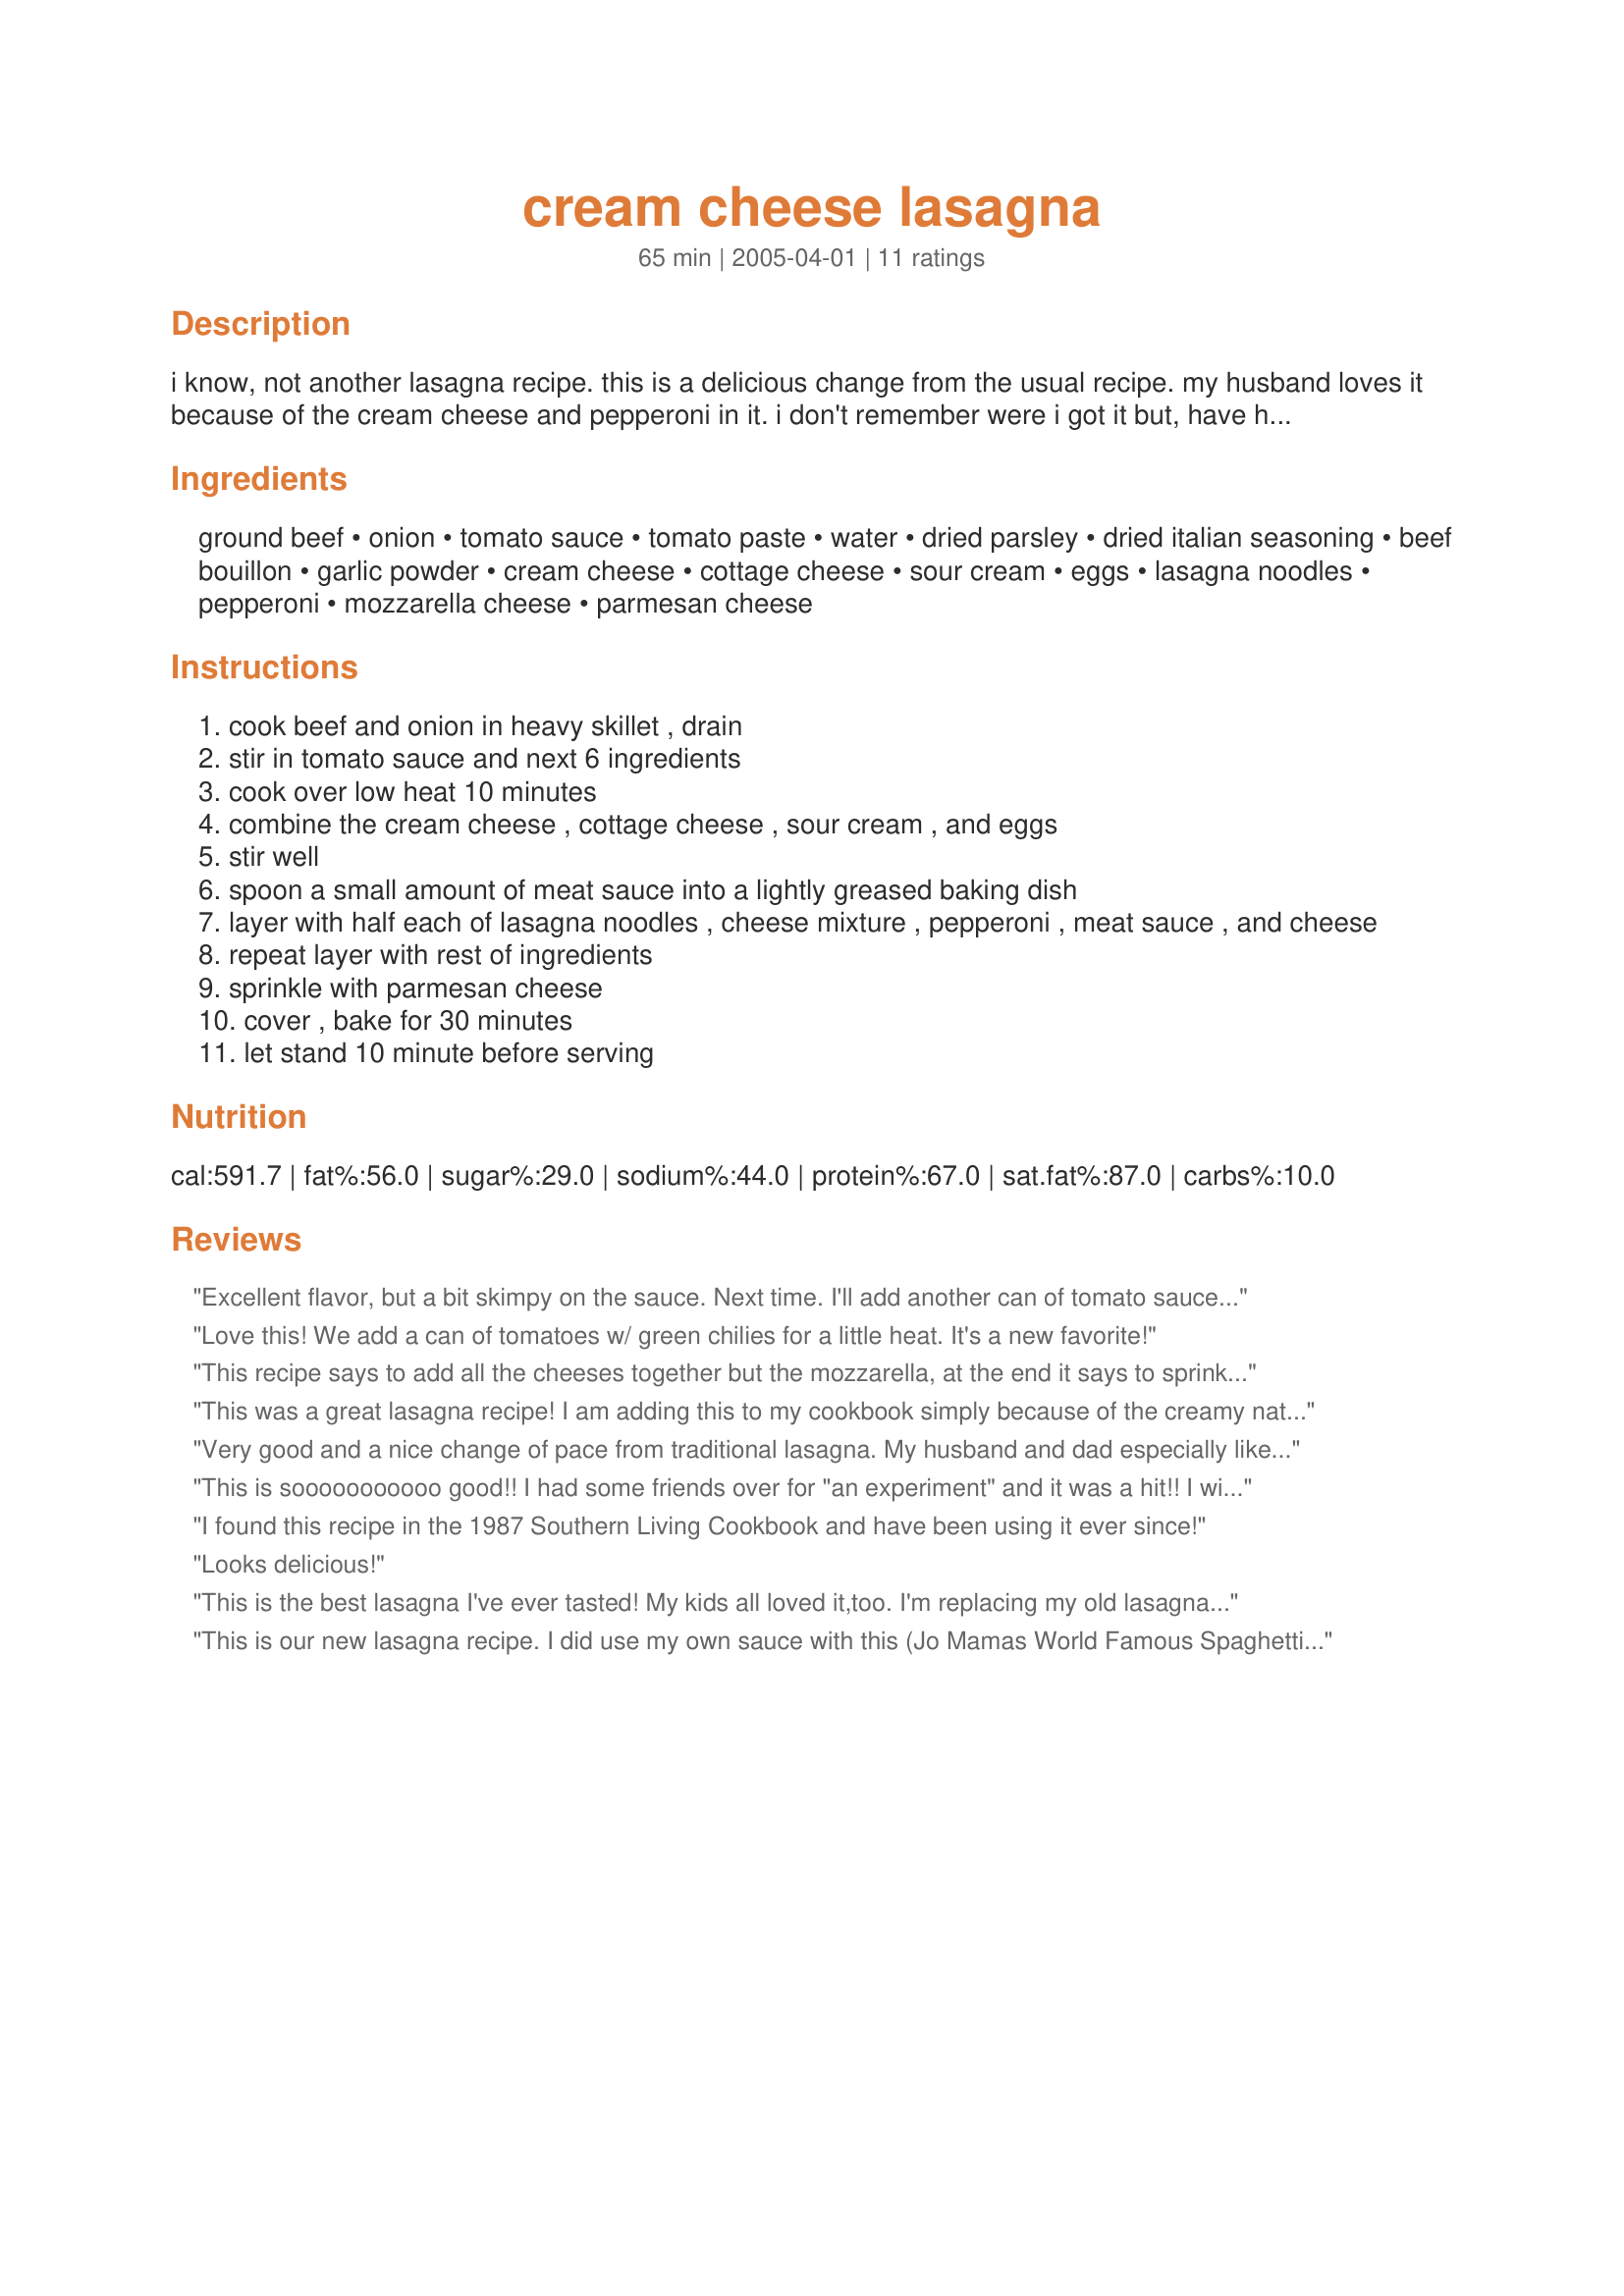
cream cheese lasagna
Preparation time: 65 minutes

i know, not another lasagna recipe. this is a delicious change from the usual recipe. my husband loves it because of the cream cheese and pepperoni in it. i don't remember were i got it but, have had it for years. hope you will try it.

Ingredients:
ground beef, onion, tomato sauce, tomato paste, water, dried parsley, dried italian seasoning, beef bouillon, garlic powder, cream cheese, cottage cheese, sour cream, eggs, lasagna noodles, pepperoni, mozzarella cheese, parmesan cheese

Steps:
cook beef and onion in heavy skillet , drain
stir in tomato sauce and next 6 ingredients
cook over low heat 10 minutes
combine the cream cheese , cottage cheese , sour cream , and eggs
stir well
spoon a small amount of meat sauce into a lightly greased baking dish
layer with half each of lasagna noodles , cheese mixture , pepperoni , meat sauce , and cheese
repeat layer with rest of ingredients
sprinkle with parmesan cheese
cover , bake for 30 minutes
let stand 10 minute before serving

Reviews:
Excellent flavor, but a bit skimpy on the sauce. Next time. I'll add another can of tomato sauce and another half to one pound of ground beef.
Love this! We add a can of tomatoes w/ green chilies for a little heat. It's a new favorite!
This recipe says to add all the cheeses together but the mozzarella, at the end it says to sprinkle Parmesan cheese on top so when do you use the mozzarella?
This was a great lasagna recipe! I am adding this to my cookbook simply because of the creamy nature & the pepperoni additions! I used lean ground turkey & used my own marinara sauce. I also used light cream cheese flavored with chive & onions, and used a little less than what was called for. Next time I'm going to try fat free cream cheese & mix in my own spices. I also used fat free cottage cheese, fat free sour cream & whole wheat noodles-and turkey pepperoni! And reduced fat cheese, of course! I mixed the parm cheese into the cream cheese, filling. It really came together quickly since the sauce was pre-made for me, and it tasted like it took hours! Thank u so much for sharing this!
Very good and a nice change of pace from traditional lasagna. My husband and dad especially liked the recipe. Thank you, momstar.
This is sooooooooooo good!! I had some friends over for "an experiment" and it was a hit!! I will admit I did not follow the recipe exactly. I used the left over sauce from recipe #92096 and meatballs #92095. (I broke the meatballs up for the lasagna). I loved the cheese/sour cream filling. What a difference from the traditional ricotta filling. And the pepperoni really gave a good flavor. Thanks for posting this wonderful recipe!
I found this recipe in the 1987 Southern Living Cookbook and have been using it ever since!
Looks delicious!
This is the best lasagna I've ever tasted! My kids all loved it,too. I'm replacing my old lasagna recipe with this one -it's definately a keeper!
This is our new lasagna recipe. I did use my own sauce with this (Jo Mamas World Famous Spaghetti Sauce #22782), but what really makes this recipe is the cream cheese. I live with cottage cheese haters and they aren't too keen on ricotta either. The cream cheese give this lasagna a wonderful texture and a smooth cheese filling. My 6 yo. was even excited about eating the leftovers! Dh and I both agreed this is a keeper and a new regular in our house.
Excellent Lasagna. Easy to put together and very cheesy. I made this for my father who doesn't usually like lasagna and he asked me to make it again.
